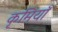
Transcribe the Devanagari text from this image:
कृमियाँ